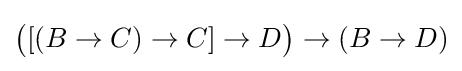
{\big (}[(B\to C)\to C]\to D{\big )}\to (B\to D)